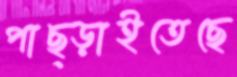
পাছ্‌ড়াইতেছে